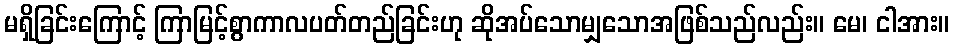
မရှိခြင်းကြောင့် ကြာမြင့်စွာကာလပတ်တည်ခြင်းဟု ဆိုအပ်သောမျှသောအဖြစ်သည်လည်း။ မေ၊ ငါအား။